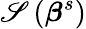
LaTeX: \mathscr{S}\left({\boldsymbol{\beta}}^{s}\right)